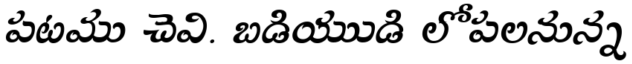
పటము చెవి. బడియుుడి లోపలనున్న